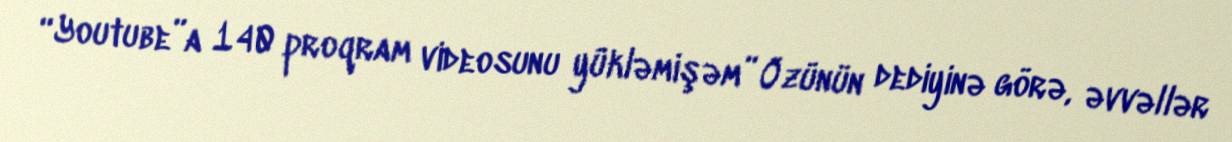
“Youtube”a 140 proqram videosunu yükləmişəm” Özünün dediyinə görə, əvvəllər